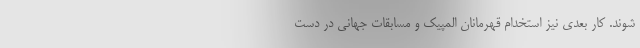
شوند. کار بعدی نیز استخدام قهرمانان المپیک و مسابقات جهانی در دست